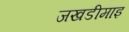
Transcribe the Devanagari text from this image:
जखडीमाइ